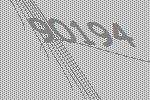
90194